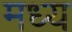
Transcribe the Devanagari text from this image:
मध्य